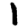
Digit: 1